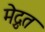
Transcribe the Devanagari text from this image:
मेद्रुत